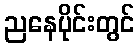
ညနေပိုင်းတွင်